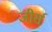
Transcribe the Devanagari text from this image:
जीर्स